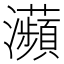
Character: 𤅖